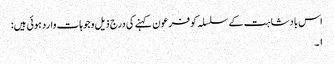
اس بادشاہت کے سلسلہ کو فرعون کہنے کی درج ذیل وجوہات وارد ہوئی ہیں:
۱۔